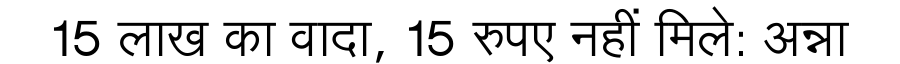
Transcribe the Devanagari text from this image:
15 लाख का वादा, 15 रुपए नहीं मिले: अन्ना